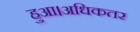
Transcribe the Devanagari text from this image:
हुआ।अधिकतर